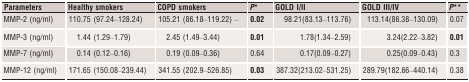
| Parameters | Healthy smokers | COPD smokers | P* | GOLD I/II | GOLD III/IV | P** |
 | --- | --- | --- | --- | --- | --- | --- |
 | MMP‐2 (ng/ml) | 110.75 (97.24–128.24) | 105.21 (86.18–119.22) – | 0.02 | 98.21(83.13–113.76) | 113.14(86.38–130.09) | 0.07 |
 | MMP‐3 (ng/ml) | 1.44 (1.29–1.79) | 2.45 (1.49–3.44) | 0.01 | 1.78(1.34–2.59) | 3.24(2.22–3.82) | 0.01 |
 | MMP‐7 (ng/ml) | 0.14 (0.12–0.16) | 0.19 (0.09–0.36) | 0.64 | 0.17(0.09–0.27) | 0.25(0.09–0.43) | 0.3 |
 | MMP‐12 (ng/ml) | 171.65 (150.08–239.44) | 341.55 (202.9–526.85) | 0.03 | 387.32(213.02–531.25) | 289.79(182.66–440.14) | 0.38 |